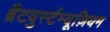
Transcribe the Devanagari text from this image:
ब्रैटवुर्स्टम्यूज़ियम